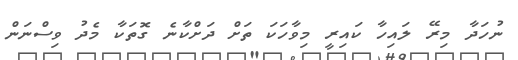
ނުހަދާ މިރޭ ލައިހާ ކައިރީ މިވާހަކަ ތަށް ދަށްކާނެ ގޮތަކާ މެދު ވިިސްނަން